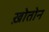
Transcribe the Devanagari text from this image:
ख़ोतोन